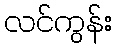
လင်ကွန်း